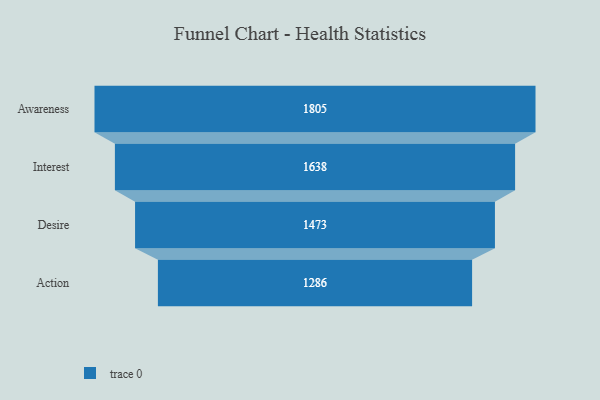
{"axis": {"x": "Stage", "y": "Value"}, "legend": [""], "data": [{"x": "Awareness", "y": 1805.0, "type": ""}, {"x": "Interest", "y": 1638.0, "type": ""}, {"x": "Desire", "y": 1473.0, "type": ""}, {"x": "Action", "y": 1286.0, "type": ""}]}